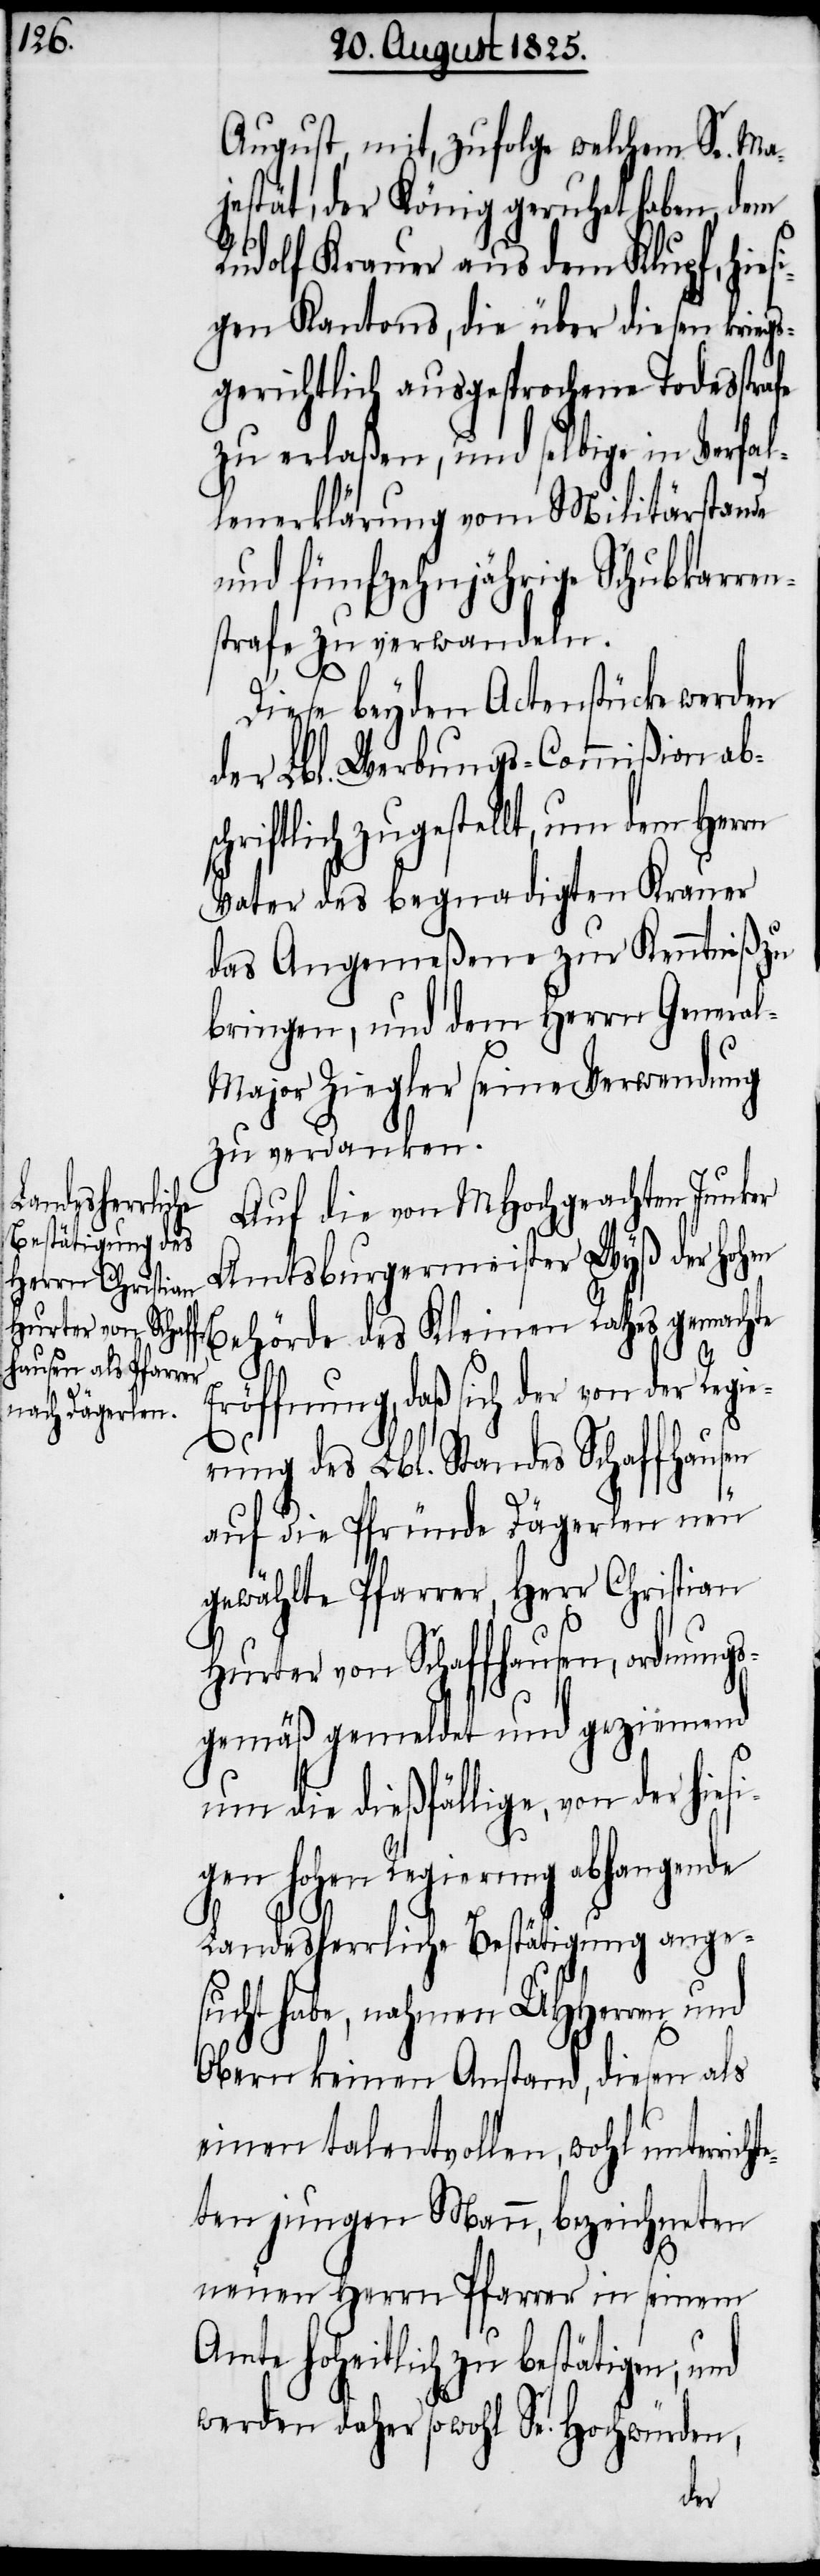
August, mit, zufolge welchem Se. Maj¬
estät, der König geruhet haben, dem
Rudolf Kramer aus dem Klupf, hies¬
igen Kantons, die über diesen kriegs¬
gerichtlich ausgesprochene Todesstrafe
zu erlaßen, und selbige in Verfal¬
lenerklärung vom Militärstande
und fünfzehnjährige Schubkarren¬
strafe zu verwandeln.
Diese beyden Actenstücke werden
der Lbl. Werbungs-Commißion abs¬
chriftlich zugestellt, um dem Herrn
Vater des begnadigten Krauer
das Angemeßene zur Kenntniß zu
bringen, und dem Herrn Genera¬
l-Major Ziegler seine Verwendung
zu verdanken.
Auf die von MHochgeachten Junker
Amtsburgermeister Wyß der hohen
Behörde des Kleinen Rathes gemachte
Eröffnung, daß sich der von der Regie¬
rung des Lbl. Standes Schaffhausen
auf die Pfründe Dägerlen neu
gewählte Pfarrer, Herr Christian
Hurter von Schaffhausen, ordnungs¬
gemäß gemeldet und geziemend
um die dießfällige, von der hies¬
igen hohen Regierung abhangende
Landesherrliche Bestätigung ange¬
sucht habe, nehmen UHHerren und
Obern keinen Anstand, diesen als
einen talentvollen, wohl unterric¬
hteten jungen Mann, bezeichneten
neuen Herrn Pfarrer in seinem
Amte hoheitlich zu bestätigen; und
werden daher sowohl Se. Hochwürden,